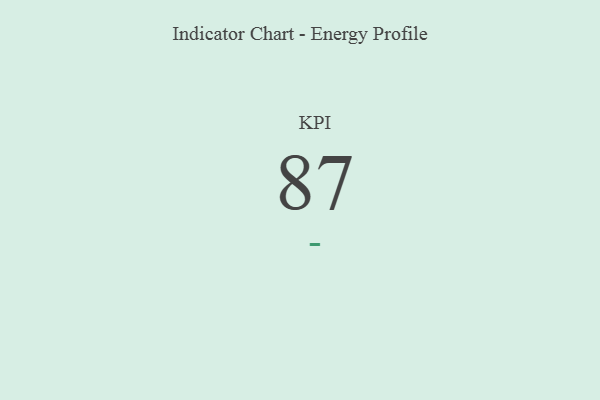
{"axis": {"x": "KPI", "y": "Value"}, "legend": [""], "data": [{"x": "KPI", "y": 87, "type": ""}]}